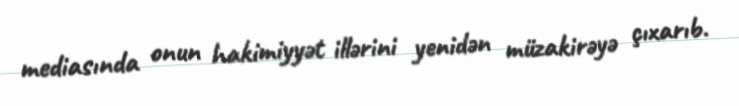
mediasında onun hakimiyyət illərini yenidən müzakirəyə çıxarıb.